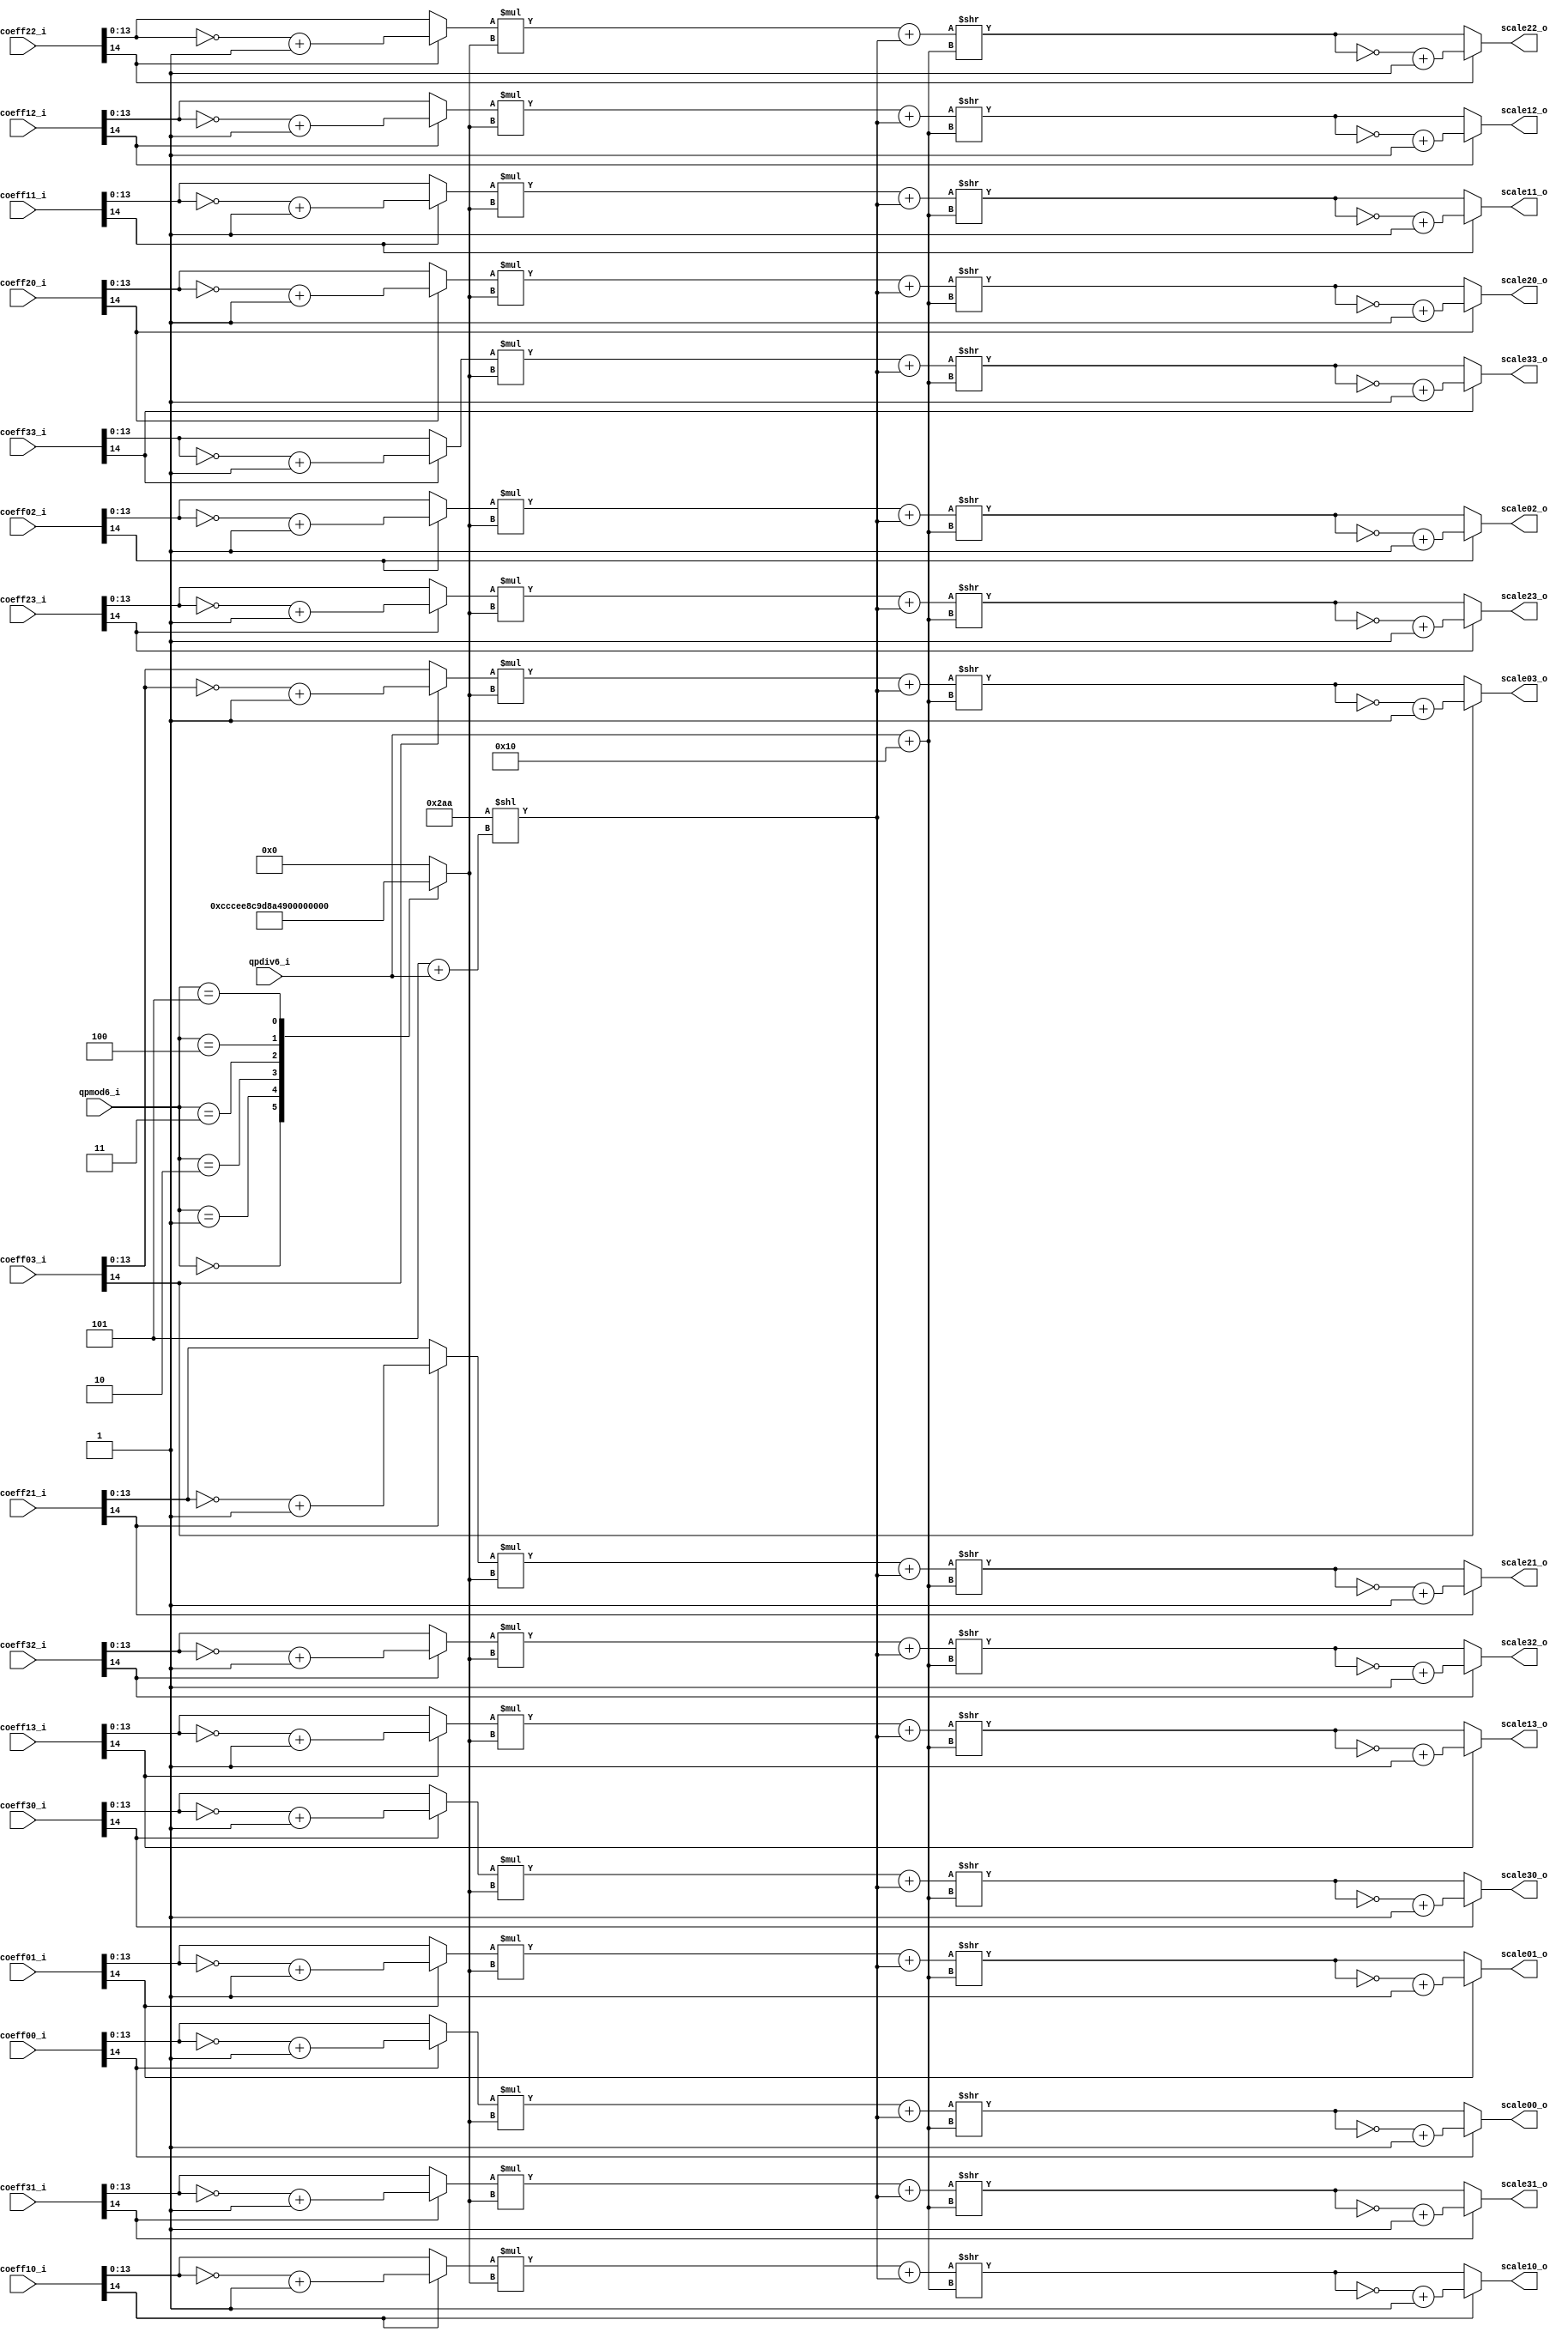
module tq_quant4x4_dc(
				qpmod6_i, 
				qpdiv6_i,
				
				coeff00_i,
				coeff01_i,
				coeff02_i,
				coeff03_i,
				coeff10_i,
				coeff11_i,
				coeff12_i,
				coeff13_i,
				coeff20_i,
				coeff21_i,
				coeff22_i,
				coeff23_i,
				coeff30_i,
				coeff31_i,
				coeff32_i,
				coeff33_i,
				
				scale00_o,
				scale01_o,
				scale02_o,
				scale03_o,
				scale10_o,
				scale11_o,
				scale12_o,
				scale13_o,
				scale20_o,
				scale21_o,
				scale22_o,
				scale23_o,
				scale30_o,
				scale31_o,
				scale32_o,
				scale33_o
);
parameter IN_WIDTH = 15;
parameter OUT_WIDTH = 15;

input	       [2:0] qpmod6_i;
input	       [3:0] qpdiv6_i;

input [IN_WIDTH-1:0] coeff00_i;
input [IN_WIDTH-1:0] coeff01_i;
input [IN_WIDTH-1:0] coeff02_i;
input [IN_WIDTH-1:0] coeff03_i;
input [IN_WIDTH-1:0] coeff10_i;
input [IN_WIDTH-1:0] coeff11_i;
input [IN_WIDTH-1:0] coeff12_i;
input [IN_WIDTH-1:0] coeff13_i;
input [IN_WIDTH-1:0] coeff20_i;
input [IN_WIDTH-1:0] coeff21_i;
input [IN_WIDTH-1:0] coeff22_i;
input [IN_WIDTH-1:0] coeff23_i;
input [IN_WIDTH-1:0] coeff30_i;
input [IN_WIDTH-1:0] coeff31_i;
input [IN_WIDTH-1:0] coeff32_i;
input [IN_WIDTH-1:0] coeff33_i;
	    
output  [OUT_WIDTH-1:0] scale00_o;
output  [OUT_WIDTH-1:0] scale01_o;
output  [OUT_WIDTH-1:0] scale02_o;
output  [OUT_WIDTH-1:0] scale03_o;
output  [OUT_WIDTH-1:0] scale10_o;
output  [OUT_WIDTH-1:0] scale11_o;
output  [OUT_WIDTH-1:0] scale12_o;
output  [OUT_WIDTH-1:0] scale13_o;
output  [OUT_WIDTH-1:0] scale20_o;
output  [OUT_WIDTH-1:0] scale21_o;
output  [OUT_WIDTH-1:0] scale22_o;
output  [OUT_WIDTH-1:0] scale23_o;
output  [OUT_WIDTH-1:0] scale30_o;
output  [OUT_WIDTH-1:0] scale31_o;
output  [OUT_WIDTH-1:0] scale32_o;
output  [OUT_WIDTH-1:0] scale33_o;

wire [2:0] qpmod6_i;
wire [3:0] qpdiv6_i;

wire [31:0] bias_w;
wire [ 4:0] rshift_len_w;

reg  [13: 0]mf00_w;

wire [IN_WIDTH-2:0] coef_abs00;
wire [IN_WIDTH-2:0] coef_abs01;
wire [IN_WIDTH-2:0] coef_abs02;
wire [IN_WIDTH-2:0] coef_abs03;
wire [IN_WIDTH-2:0] coef_abs10;
wire [IN_WIDTH-2:0] coef_abs11;
wire [IN_WIDTH-2:0] coef_abs12;
wire [IN_WIDTH-2:0] coef_abs13;
wire [IN_WIDTH-2:0] coef_abs20;
wire [IN_WIDTH-2:0] coef_abs21;
wire [IN_WIDTH-2:0] coef_abs22;
wire [IN_WIDTH-2:0] coef_abs23;
wire [IN_WIDTH-2:0] coef_abs30;
wire [IN_WIDTH-2:0] coef_abs31;
wire [IN_WIDTH-2:0] coef_abs32;
wire [IN_WIDTH-2:0] coef_abs33;

wire [IN_WIDTH-1:0] scale_abs00;
wire [IN_WIDTH-1:0] scale_abs01;
wire [IN_WIDTH-1:0] scale_abs02;
wire [IN_WIDTH-1:0] scale_abs03;
wire [IN_WIDTH-1:0] scale_abs10;
wire [IN_WIDTH-1:0] scale_abs11;
wire [IN_WIDTH-1:0] scale_abs12;
wire [IN_WIDTH-1:0] scale_abs13;
wire [IN_WIDTH-1:0] scale_abs20;
wire [IN_WIDTH-1:0] scale_abs21;
wire [IN_WIDTH-1:0] scale_abs22;
wire [IN_WIDTH-1:0] scale_abs23;
wire [IN_WIDTH-1:0] scale_abs30;
wire [IN_WIDTH-1:0] scale_abs31;
wire [IN_WIDTH-1:0] scale_abs32;
wire [IN_WIDTH-1:0] scale_abs33;

wire [31 : 0] scale_abs00_w;
wire [31 : 0] scale_abs01_w;
wire [31 : 0] scale_abs02_w;
wire [31 : 0] scale_abs03_w;
wire [31 : 0] scale_abs10_w;
wire [31 : 0] scale_abs11_w;
wire [31 : 0] scale_abs12_w;
wire [31 : 0] scale_abs13_w;
wire [31 : 0] scale_abs20_w;
wire [31 : 0] scale_abs21_w;
wire [31 : 0] scale_abs22_w;
wire [31 : 0] scale_abs23_w;
wire [31 : 0] scale_abs30_w;
wire [31 : 0] scale_abs31_w;
wire [31 : 0] scale_abs32_w;
wire [31 : 0] scale_abs33_w;

assign coef_abs00 = coeff00_i[IN_WIDTH-1]? (~coeff00_i[IN_WIDTH-2:0] + 1'b1) : coeff00_i[IN_WIDTH-2:0];
assign coef_abs01 = coeff01_i[IN_WIDTH-1]? (~coeff01_i[IN_WIDTH-2:0] + 1'b1) : coeff01_i[IN_WIDTH-2:0];
assign coef_abs02 = coeff02_i[IN_WIDTH-1]? (~coeff02_i[IN_WIDTH-2:0] + 1'b1) : coeff02_i[IN_WIDTH-2:0];
assign coef_abs03 = coeff03_i[IN_WIDTH-1]? (~coeff03_i[IN_WIDTH-2:0] + 1'b1) : coeff03_i[IN_WIDTH-2:0];
assign coef_abs10 = coeff10_i[IN_WIDTH-1]? (~coeff10_i[IN_WIDTH-2:0] + 1'b1) : coeff10_i[IN_WIDTH-2:0];
assign coef_abs11 = coeff11_i[IN_WIDTH-1]? (~coeff11_i[IN_WIDTH-2:0] + 1'b1) : coeff11_i[IN_WIDTH-2:0];
assign coef_abs12 = coeff12_i[IN_WIDTH-1]? (~coeff12_i[IN_WIDTH-2:0] + 1'b1) : coeff12_i[IN_WIDTH-2:0];
assign coef_abs13 = coeff13_i[IN_WIDTH-1]? (~coeff13_i[IN_WIDTH-2:0] + 1'b1) : coeff13_i[IN_WIDTH-2:0];
assign coef_abs20 = coeff20_i[IN_WIDTH-1]? (~coeff20_i[IN_WIDTH-2:0] + 1'b1) : coeff20_i[IN_WIDTH-2:0];
assign coef_abs21 = coeff21_i[IN_WIDTH-1]? (~coeff21_i[IN_WIDTH-2:0] + 1'b1) : coeff21_i[IN_WIDTH-2:0];
assign coef_abs22 = coeff22_i[IN_WIDTH-1]? (~coeff22_i[IN_WIDTH-2:0] + 1'b1) : coeff22_i[IN_WIDTH-2:0];
assign coef_abs23 = coeff23_i[IN_WIDTH-1]? (~coeff23_i[IN_WIDTH-2:0] + 1'b1) : coeff23_i[IN_WIDTH-2:0];
assign coef_abs30 = coeff30_i[IN_WIDTH-1]? (~coeff30_i[IN_WIDTH-2:0] + 1'b1) : coeff30_i[IN_WIDTH-2:0];
assign coef_abs31 = coeff31_i[IN_WIDTH-1]? (~coeff31_i[IN_WIDTH-2:0] + 1'b1) : coeff31_i[IN_WIDTH-2:0];
assign coef_abs32 = coeff32_i[IN_WIDTH-1]? (~coeff32_i[IN_WIDTH-2:0] + 1'b1) : coeff32_i[IN_WIDTH-2:0];
assign coef_abs33 = coeff33_i[IN_WIDTH-1]? (~coeff33_i[IN_WIDTH-2:0] + 1'b1) : coeff33_i[IN_WIDTH-2:0];

assign scale_abs00_w = (coef_abs00 * mf00_w + bias_w) >> rshift_len_w;
assign scale_abs01_w = (coef_abs01 * mf00_w + bias_w) >> rshift_len_w;
assign scale_abs02_w = (coef_abs02 * mf00_w + bias_w) >> rshift_len_w;
assign scale_abs03_w = (coef_abs03 * mf00_w + bias_w) >> rshift_len_w;
assign scale_abs10_w = (coef_abs10 * mf00_w + bias_w) >> rshift_len_w;
assign scale_abs11_w = (coef_abs11 * mf00_w + bias_w) >> rshift_len_w;
assign scale_abs12_w = (coef_abs12 * mf00_w + bias_w) >> rshift_len_w;
assign scale_abs13_w = (coef_abs13 * mf00_w + bias_w) >> rshift_len_w;
assign scale_abs20_w = (coef_abs20 * mf00_w + bias_w) >> rshift_len_w;
assign scale_abs21_w = (coef_abs21 * mf00_w + bias_w) >> rshift_len_w;
assign scale_abs22_w = (coef_abs22 * mf00_w + bias_w) >> rshift_len_w;
assign scale_abs23_w = (coef_abs23 * mf00_w + bias_w) >> rshift_len_w;
assign scale_abs30_w = (coef_abs30 * mf00_w + bias_w) >> rshift_len_w;
assign scale_abs31_w = (coef_abs31 * mf00_w + bias_w) >> rshift_len_w;
assign scale_abs32_w = (coef_abs32 * mf00_w + bias_w) >> rshift_len_w;
assign scale_abs33_w = (coef_abs33 * mf00_w + bias_w) >> rshift_len_w;

assign scale_abs00=  scale_abs00_w[14 : 0]; 
assign scale_abs01=  scale_abs01_w[14 : 0]; 
assign scale_abs02=  scale_abs02_w[14 : 0]; 
assign scale_abs03=  scale_abs03_w[14 : 0]; 
assign scale_abs10=  scale_abs10_w[14 : 0]; 
assign scale_abs11=  scale_abs11_w[14 : 0]; 
assign scale_abs12=  scale_abs12_w[14 : 0]; 
assign scale_abs13=  scale_abs13_w[14 : 0]; 
assign scale_abs20=  scale_abs20_w[14 : 0]; 
assign scale_abs21=  scale_abs21_w[14 : 0]; 
assign scale_abs22=  scale_abs22_w[14 : 0]; 
assign scale_abs23=  scale_abs23_w[14 : 0]; 
assign scale_abs30=  scale_abs30_w[14 : 0]; 
assign scale_abs31=  scale_abs31_w[14 : 0]; 
assign scale_abs32=  scale_abs32_w[14 : 0]; 
assign scale_abs33=  scale_abs33_w[14 : 0]; 


assign scale00_o = coeff00_i[IN_WIDTH-1]? (~scale_abs00 + 1'b1) : scale_abs00;
assign scale01_o = coeff01_i[IN_WIDTH-1]? (~scale_abs01 + 1'b1) : scale_abs01;
assign scale02_o = coeff02_i[IN_WIDTH-1]? (~scale_abs02 + 1'b1) : scale_abs02;
assign scale03_o = coeff03_i[IN_WIDTH-1]? (~scale_abs03 + 1'b1) : scale_abs03;
assign scale10_o = coeff10_i[IN_WIDTH-1]? (~scale_abs10 + 1'b1) : scale_abs10;
assign scale11_o = coeff11_i[IN_WIDTH-1]? (~scale_abs11 + 1'b1) : scale_abs11;
assign scale12_o = coeff12_i[IN_WIDTH-1]? (~scale_abs12 + 1'b1) : scale_abs12;
assign scale13_o = coeff13_i[IN_WIDTH-1]? (~scale_abs13 + 1'b1) : scale_abs13;
assign scale20_o = coeff20_i[IN_WIDTH-1]? (~scale_abs20 + 1'b1) : scale_abs20;
assign scale21_o = coeff21_i[IN_WIDTH-1]? (~scale_abs21 + 1'b1) : scale_abs21;
assign scale22_o = coeff22_i[IN_WIDTH-1]? (~scale_abs22 + 1'b1) : scale_abs22;
assign scale23_o = coeff23_i[IN_WIDTH-1]? (~scale_abs23 + 1'b1) : scale_abs23;
assign scale30_o = coeff30_i[IN_WIDTH-1]? (~scale_abs30 + 1'b1) : scale_abs30;
assign scale31_o = coeff31_i[IN_WIDTH-1]? (~scale_abs31 + 1'b1) : scale_abs31;
assign scale32_o = coeff32_i[IN_WIDTH-1]? (~scale_abs32 + 1'b1) : scale_abs32;
assign scale33_o = coeff33_i[IN_WIDTH-1]? (~scale_abs33 + 1'b1) : scale_abs33;

assign rshift_len_w = qpdiv6_i + 5'd16;//qbits = 15 + 1 + qp/6
assign bias_w = 682 << (3'd5 + qpdiv6_i); //4+1+qp/6

always @(*) begin
	case (qpmod6_i)
		3'b000:mf00_w = 14'd13107;
		3'b001:mf00_w = 14'd11916;
		3'b010:mf00_w = 14'd10082;
		3'b011:mf00_w = 14'd9362;
		3'b100:mf00_w = 14'd8192;
		3'b101:mf00_w = 14'd7282;
		default:mf00_w = 14'd0;
	endcase
end


endmodule